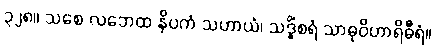
၃၂၈။ သစေ လဘေထ နိပကံ သဟာယံ၊ သဒ္ဓိံစရံ သာဓုဝိဟာရိဓီရံ။